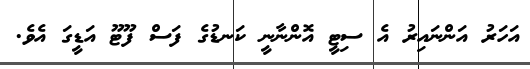
އަހަރު އަންނައިރު އެ ސިޓީ އޮންނާނީ ކަނޑުގެ ފަސް ފޫޓޫ އަޑީގަ އެވެ.